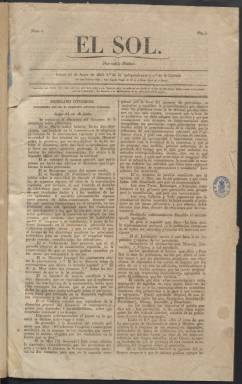
Título: El Sol (México)
Colección: Periódicos anteriores a 1850
Ámbito geográfico: México
Lugar de publicación: México
Fechas: 16/06/1823-30/06/1832